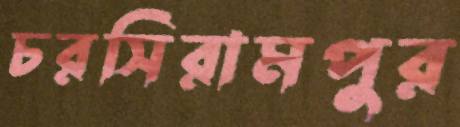
চরসিরামপুর